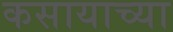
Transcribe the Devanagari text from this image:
कसायाच्या